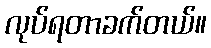
လုပ်ရတာခက်တယ်။